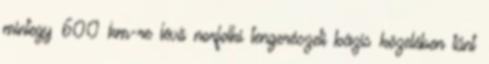
mintegy 600 km-re lévő norfolki tengerészeti bázis közelében tűnt